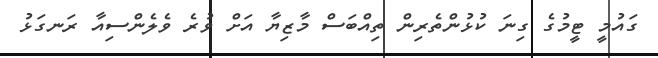
ގައުމީ ޓީމުގެ ގިނަ ކުޅުންތެރިން ތިއްބަސް މާޒިޔާ އަށް ވުރެ ވެލެންސިއާ ރަނގަޅު